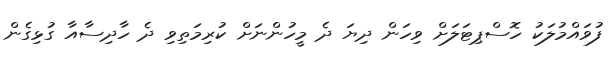
ފުވައްމުލަކު ހޮސްޕިޓަލަށް ވިހަން ދިޔަ ދެ މީހުންނަށް ކުރިމަތިވި ދެ ހާދިސާއާ ގުޅިގެން